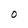
Character: O